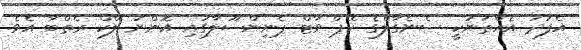
އެފަދަ އެއްތަނަކީ ސެނެގާލްގެ ކޭޕް ވާޓް ޕެނިންސޫލާގައި އޮންނަ ލޭކް ރެތްބާ އެވެ.